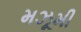
મઝૂમી